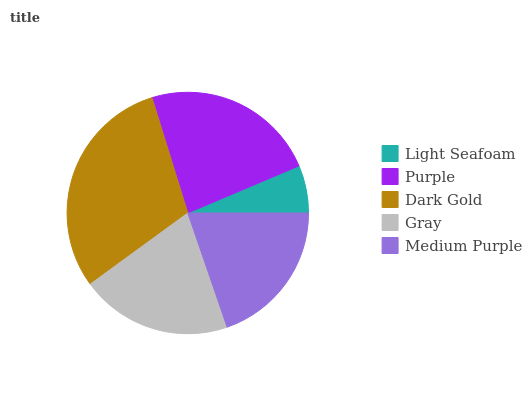
| Light Seafoam | Purple | Dark Gold | Gray | Medium Purple |
 | --- | --- | --- | --- | --- |
 | 6.38% | 23.4% | 30.2% | 20.2% | 19.7% |